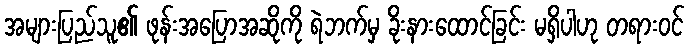
အများပြည်သူ၏ ဖုန်းအပြောအဆိုကို ရဲဘက်မှ ခိုးနားထောင်ခြင်း မရှိပါဟု တရားဝင်